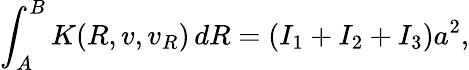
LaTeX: \int_{A}^{B}K(R,v,v_{R})\, dR=(I_{1}+I_{2}+I_{3}){a}^{2},